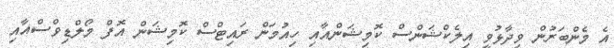
އެ މެންބަރުން ވިދާޅުވީ އިލެކްޝަންސް ކޮމިޝަންއާއި ހިއުމަން ރައިޓްސް ކޮމިޝަން އޮފް މޯލްޑިވްސްއާއި